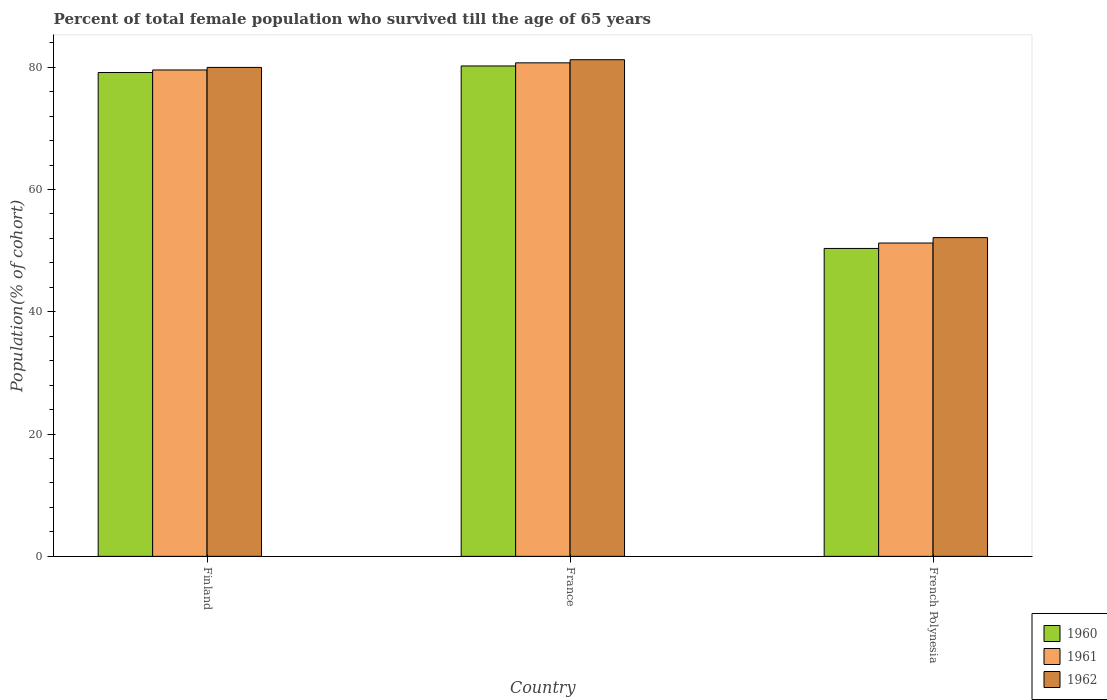
| Country | 1960 | 1961 | 1962 |
 | --- | --- | --- | --- |
 | Finland | 79.1 | 79.6 | 80 |
 | France | 80.2 | 80.7 | 81.2 |
 | French Polynesia | 50.4 | 51.2 | 52.1 |